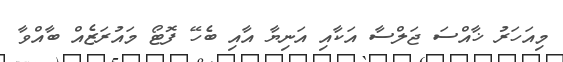
މިއަހަރު ޚާއްސަ ޖަލްސާ އަކާއި އަނިޔާ އާއި ބެހޭ ފޮޓޯ މައުރަޒެއް ބާއްވާ